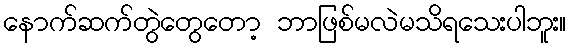
နောက်ဆက်တွဲတွေတော့ ဘာဖြစ်မလဲမသိရသေးပါဘူး။